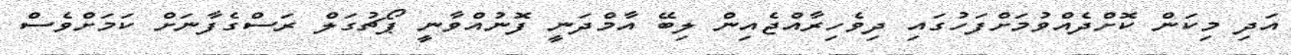
އަދި މިކަން ކޮށްދެއްވުމަށްފަހުގައި ދިވެހިރާއްޖެއިން ލިބޭ އާމްދަނީ ފޮނުއްވާނީ ޕޯޗުގަލް ރަސްގެފާނަށް ކަމަށްވެސް